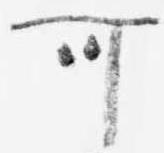
可